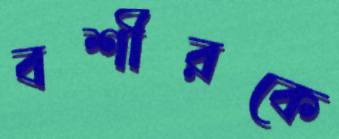
বশীরকে